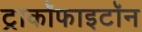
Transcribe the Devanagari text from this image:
ट्राकॉफाइटॉन